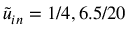
\tilde { u } _ { i n } = 1 / 4 , 6 . 5 / 2 0